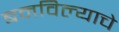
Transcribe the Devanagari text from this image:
बनविल्याचे